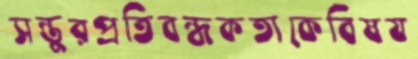
সন্তুরপ্রতিবন্ধকতাকেবিষয